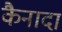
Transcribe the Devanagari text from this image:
कैनादा